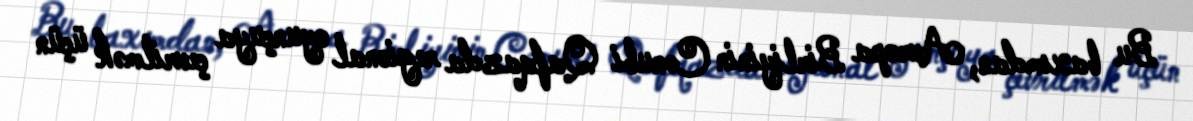
Bu baxımdan, Avropa Birliyinin Cənubi Qafqazda regional oyunçuya çevrilmək üçün